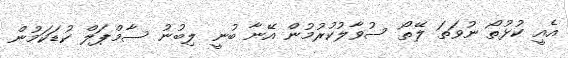
އެއީ ކުޅުތޯ ނުވަތަ ލޭތޯ ސުވާލުކުރުމުން އޭނާ ބުނީ ލިބުނު ސާމްޕަލް ކުޑަކަމުން